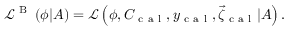
\begin{array} { r } { \small \mathcal { L } ^ { \mathrm { ~ B ~ } } \left( \phi | A \right) = \mathcal { L } \left( \phi , C _ { \mathrm { ~ c ~ a ~ l ~ } } , y _ { \mathrm { ~ c ~ a ~ l ~ } } , \vec { \zeta } _ { \mathrm { ~ c ~ a ~ l ~ } } | A \right) . } \end{array}